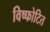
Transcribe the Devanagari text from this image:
विष्फोटित